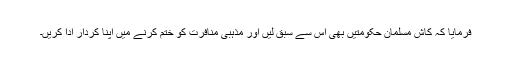
فرمایا کہ کاش مسلمان حکومتیں بھی اس سے سبق لیں اور مذہبی منافرت کو ختم کرنے میں اپنا کردار ادا کریں۔